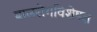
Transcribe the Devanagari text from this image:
बालरोगविशेषज्ञ